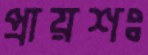
প্রায়শঃ